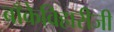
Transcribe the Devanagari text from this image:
बाँकेविहारीजी